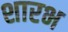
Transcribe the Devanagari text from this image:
शारभ